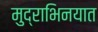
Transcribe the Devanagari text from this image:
मुद्राभिनयात